Plague in India, 1896, 1897 - Volume 2
Year: 1896
Disease focus: Plague
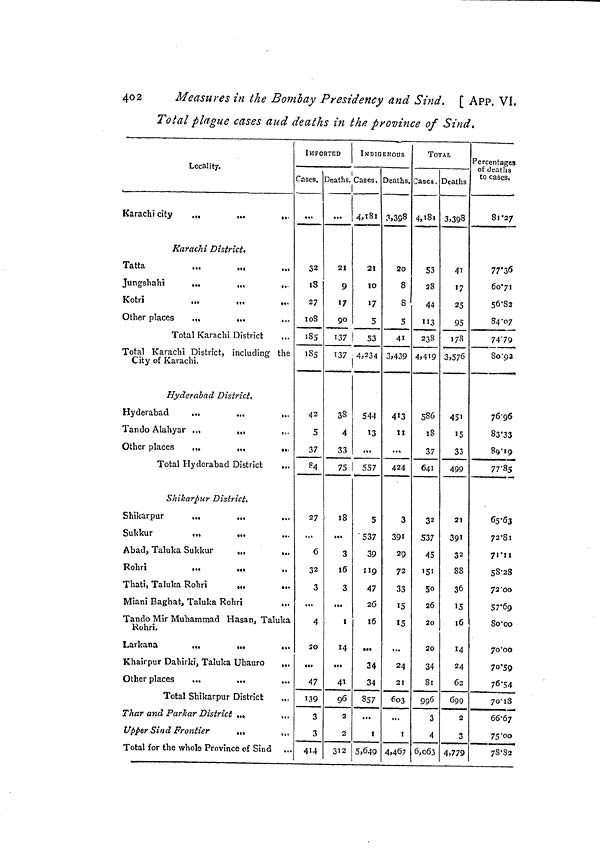
402
Measures in the Bombay Presidency and Sind. [ APP. VI.
Total plague cases and deaths in the province of Sind.
Locality.
Karachi city
.„
...
...
Karachi DistrictT
atta
Jungshahi
...
,,,
...
Kotri
Other places
...
...
Total Karachi District
Total Karachi District, including the
City of Karachi.
Hyderabad District,
Hyderabad
...
...
...
Tando Alahyar ...
.,,
...
Other places
...
...
...
Total Hyderabad District
Shikarpur District.
Shikarpur
...
...
...
Sukkur
...
...
Abad, Taluka Sukkur
Rohri
Thati, Taluka Rohri
Miani Baghat, Taluka Rohri
Tando Mir Muhammad Hasan, Taluka
Rohri.
Larkana
,,.
...
»
Khairpur Dahirki, Taluka Ubauro
...
Other places
...
...
...
Total Shikarpur District
...
Thar and Parkar District .,.
...
Upper Sind Frontier
„.
Total for the whole Province of Sind
IMPORTED
Cases. Deaths.
1
...
32
18
27
l08
185
185
42
5
37
84
27
...
6
32
3
4
20
...
47
139
3
3
. 414
...
21
9
1
90
137
137
38
4
33
75
18
...
3
16
3
...
l
14
...
41
96
2
2
312
INDIGENOUS
,Cases. Deaths.
4,181
21
10
17
5
53
4,234
544
13
...
557
5
537
39
119
47
26
16
...
34
34
857
...
1
5,,649
3,398
20
8
8
5
41
3,439
413
II
...
424
3
391
29
72
33
15
15
...
24
21
603
...
I
4,467
TOTAL
Cases. Deaths
4,181
53
28
44
113
238
4,419
586
18
37
641
32
537
45
151
5o
26
20
20
34
81
996
3
4
6,063
3,398
41
17
25
95
178
3,576
451
15
33
499
21
391
32
88
36
15
16
14
24
62
699
2
3
4,779
Percentages
of deaths
to cases,
8l.27
77.36
60.71
56.82
84.07
74.79
8o.92
76'96
83.33
89.19
77.85
65.63
72.81
71'11
58.28
72.00
57'69
80.00
70.00
70.59
76-54.
70.18
66.67
75.00
78.82